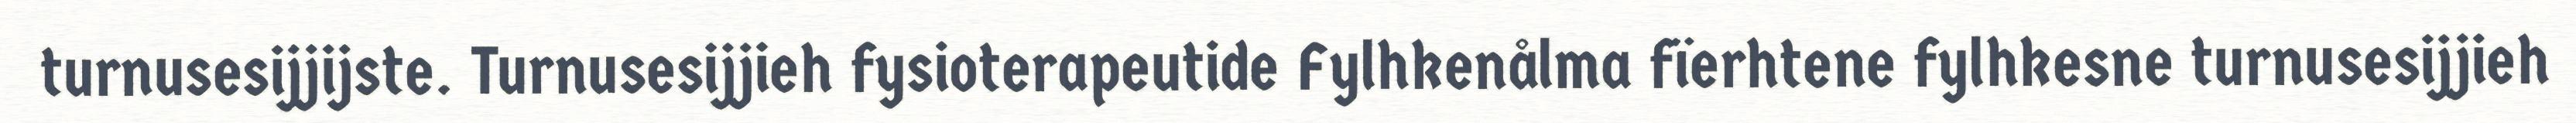
turnusesijjijste. Turnusesijjieh fysioterapeutide Fylhkenålma fïerhtene fylhkesne turnusesijjieh